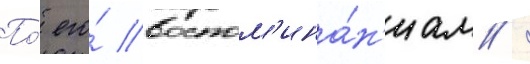
По́ его́ воспом'ина́н'иам /